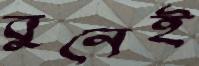
বুনেই